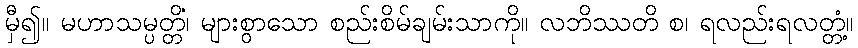
မှီ၍။ မဟာသမ္ပတ္တိံ၊ များစွာသော စည်းစိမ်ချမ်းသာကို။ လဘိဿတိ စ၊ ရလည်းရလတ္တံ့။